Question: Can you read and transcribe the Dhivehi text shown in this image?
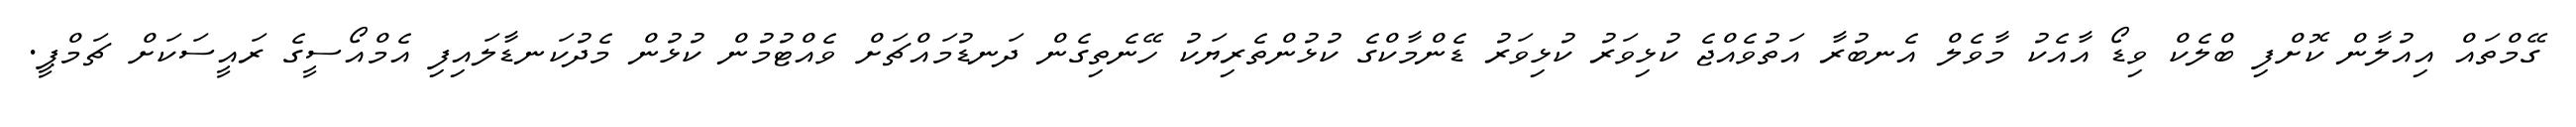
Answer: ގޭމްތައް އިއުލާން ކޮށްފި ބްލެކް ވިޑޯ އާއެކު މާވެލް އެނބުރާ އަތުވެއްޖެ ކުޅިވަރު ކުޅިވަރު ޑެންމާކްގެ ކުޅުންތެރިޔަކު ހޭނެތިގެން ދަނޑުމައްޗަށް ވެއްޓުމުން ކުޅުން މެދުކަނޑާލައިފި އެމްއޯސީގެ ރައީސަކަށް ޗަމްޕީ.